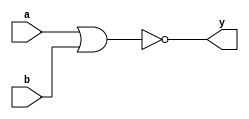
module xup_nor2 #(parameter DELAY = 3)(
    input a,
    input b,
    output y
    );
    
    nor #DELAY (y,a,b);
    
endmodule